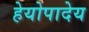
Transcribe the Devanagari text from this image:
हेयोपादेय